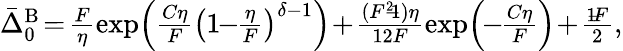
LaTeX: \begin{array}{r}{\bar{\Delta}_{0}^{\mathrm{B}}\! =\! \frac{F}{\eta}\exp\! {\Big(\frac{C\eta}{F}\big(1\! \! -\! \! \frac{\eta}{F}\big)^{\delta-1}}\Big)\! +\! \frac{(F^{2}\! \! -\! \! 1)\eta}{12F}\exp\! {\Big(\! \! -\! \! \frac{C\eta}{F}\Big)}\! +\! \frac{1\! \! -\! \! F}{2},}\end{array}